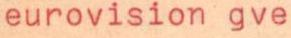
eurovision gve